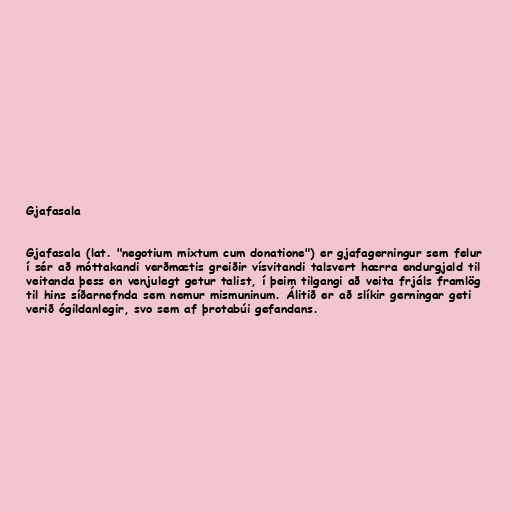
Gjafasala

Gjafasala (lat. "negotium mixtum cum donatione") er gjafagerningur sem felur
í sér að móttakandi verðmætis greiðir vísvitandi talsvert hærra endurgjald til
veitanda þess en venjulegt getur talist, í þeim tilgangi að veita frjáls framlög
til hins síðarnefnda sem nemur mismuninum. Álitið er að slíkir gerningar geti
verið ógildanlegir, svo sem af þrotabúi gefandans.